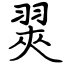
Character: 翜